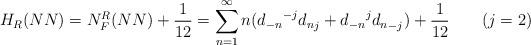
LaTeX: \begin{align*} H_{R} (NN) = N_F^{R}(NN) + \frac{1}{12} =\sum_{n=1}^{\infty}n ({d_{-n}}^{-j}{ d_{n}}_{j} +{d_{-n}}^{j}{ d_{n}}_{-j}) + \frac{1}{12}\;\;\;\;\;\;\; (j = 2)\end{align*}